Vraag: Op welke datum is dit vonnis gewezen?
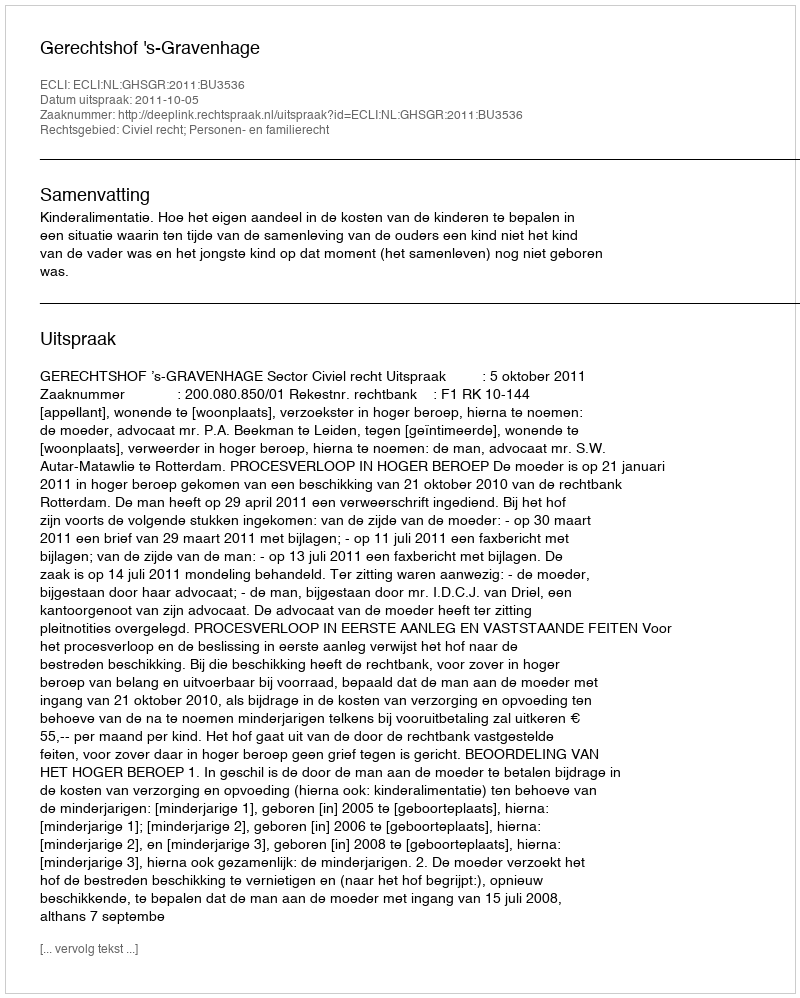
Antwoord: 2011-10-05